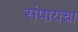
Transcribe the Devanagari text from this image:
संपायचा